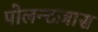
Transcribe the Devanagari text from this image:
पोलन्टज़ास